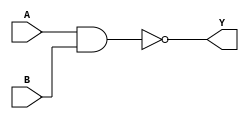
module logicgate_nand( A, Y, B ) ;
	input A, B ;
	output Y ;
	assign Y = ~(A & B) ;
endmodule